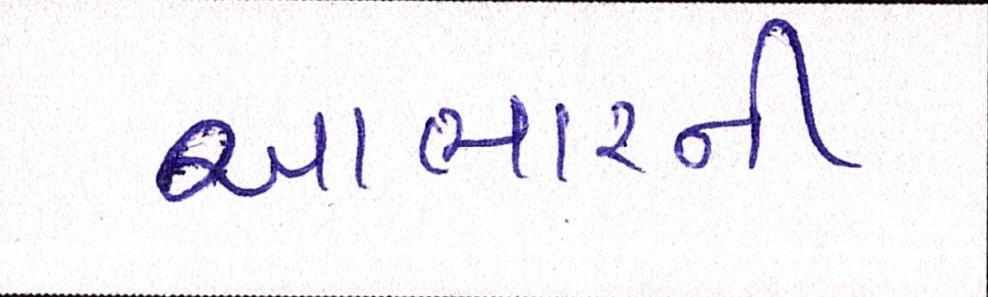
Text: આભારની